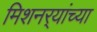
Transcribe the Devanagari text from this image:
मिशनर्‍यांच्या